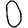
Digit: 0